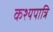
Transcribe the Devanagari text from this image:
कश्यपात्रि